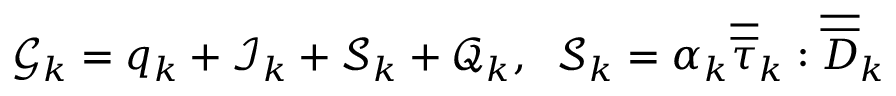
\mathcal { G } _ { k } = q _ { k } + \mathcal { I } _ { k } + \mathcal { S } _ { k } + \mathcal { Q } _ { k } , \; \; \mathcal { S } _ { k } = \alpha _ { k } \overline { { \overline { { \tau } } } } _ { k } : \overline { { \overline { { D } } } } _ { k }